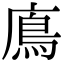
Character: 𩾦